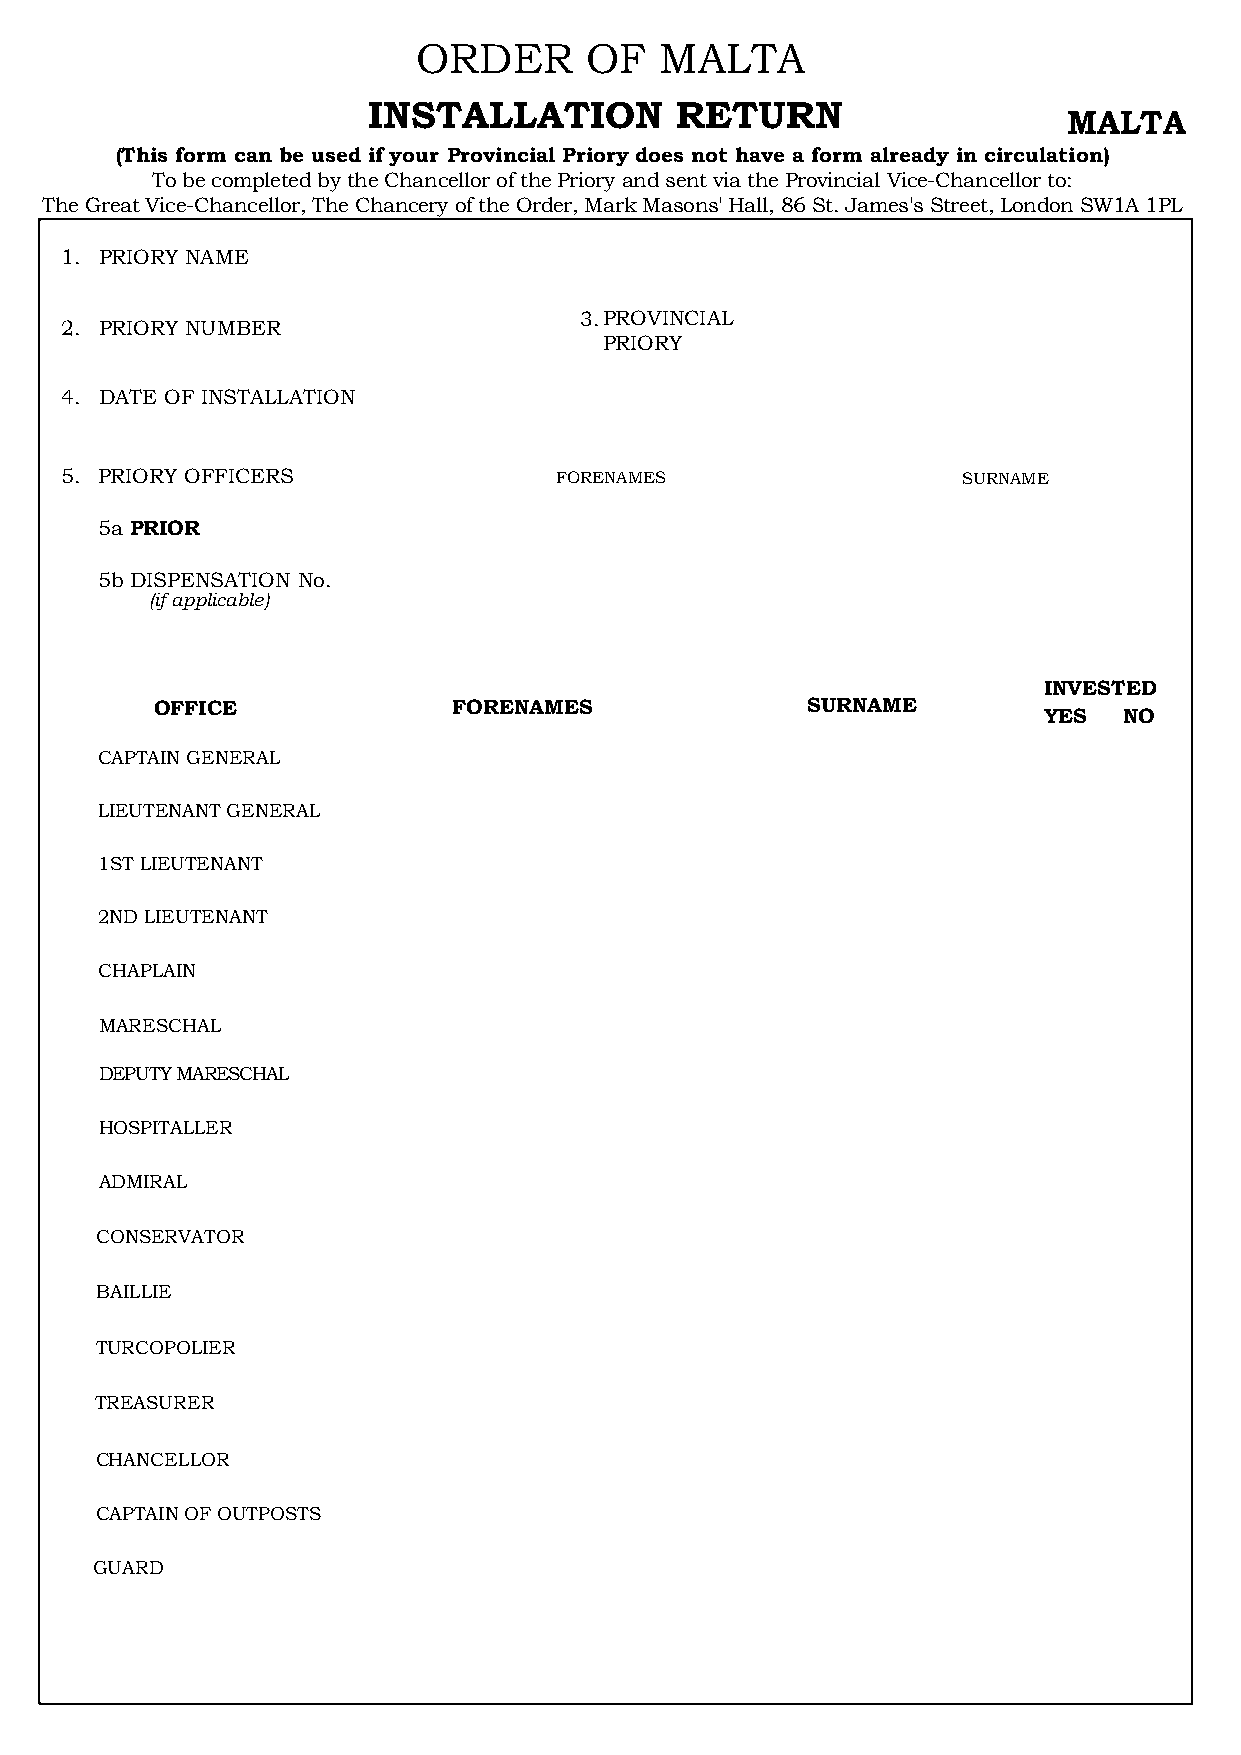
ORDER      OF   MALTA
 INSTALLATION         RETURN
 MALTA
 (This form can be used if your Provincial Priory does not have a form already in circulation)
 To be completed by the Chancellor of the Priory and sent via the Provincial Vice-Chancellor to:
 The Great Vice-Chancellor, The Chancery of the Order, Mark Masons' Hall, 86 St. James's Street, London SW1A 1PL
 1. PRIORY NAME
 3.PROVINCIAL
 2. PRIORY NUMBER
 PRIORY
 4. DATE OF INSTALLATION
 5. PRIORY OFFICERS               FORENAMES                  SURNAME
 5a PRIOR
 5b DISPENSATION No.
 (if applicable)
 INVESTED
 OFFICE              FORENAMES              SURNAME         YES  NO
 CAPTAIN GENERAL
 LIEUTENANT GENERAL
 1ST LIEUTENANT
 2ND LIEUTENANT
 CHAPLAIN
 MARESCHAL
 DEPUTY MARESCHAL
 HOSPITALLER
 ADMIRAL
 CONSERVATOR
 BAILLIE
 TURCOPOLIER
 TREASURER
 CHANCELLOR
 CAPTAIN OF OUTPOSTS
 GUARD